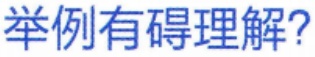
举例有碍理解?